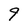
Character: 9